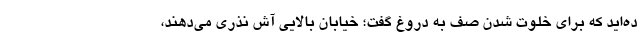
ده‌اید که برای خلوت شدن صف به دروغ گفت؛ خیابان بالایی آش نذری می‌دهند،